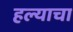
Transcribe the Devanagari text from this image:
हल्याचा